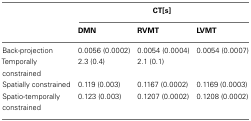
<table><thead><tr><td>[EMPTY_CELL]</td><td colspan="3"><b>CT[s]</b></td></tr><tr><td>[EMPTY_CELL]</td><td><b>DMN</b></td><td><b>RVMT</b></td><td><b>LVMT</b></td></tr></thead><tbody><tr><td>Back-projection</td><td>0.0056 (0.0002)</td><td>0.0054 (0.0004)</td><td>0.0054 (0.0007)</td></tr><tr><td>Temporally constrained</td><td>2.3 (0.4)</td><td>2.1 (0.1)</td><td>[EMPTY_CELL]</td></tr><tr><td>Spatially constrained</td><td>0.119 (0.003)</td><td>0.1167 (0.0002)</td><td>0.1169 (0.0003)</td></tr><tr><td>Spatio-temporally constrained</td><td>0.123 (0.003)</td><td>0.1207 (0.0002)</td><td>0.1208 (0.0002)</td></tr></tbody></table>